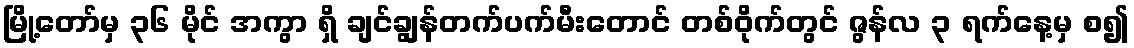
မြို့တော်မှ ၃၆ မိုင် အကွာ ရှိ ချင်ချွန်တက်ပက်မီးတောင် တစ်ဝိုက်တွင် ဇွန်လ ၃ ရက်နေ့မှ စ၍